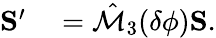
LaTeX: \begin{array}{rl}{{\mathbf S}^{\prime}}&{{}=\hat{\mathcal{M}}_{3}(\delta\phi){\mathbf S}.}\end{array}